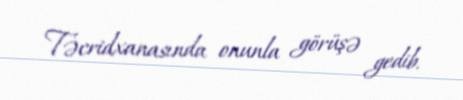
Təcridxanasında onunla görüşə gedib.